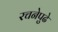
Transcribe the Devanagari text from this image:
रचनेपुढे